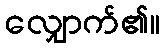
လျှောက်၏။